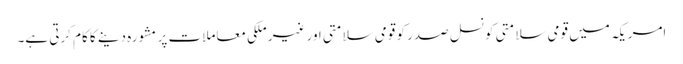
امریکہ میں قومی سلامتی کونسل صدر کو قومی سلامتی اور غیر ملکی معاملات پر مشورہ دینے کا کام کرتی ہے۔